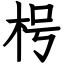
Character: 枵